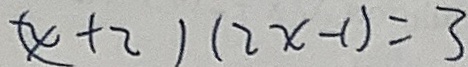
( x + 2 ) ( 2 x - 1 ) = 3